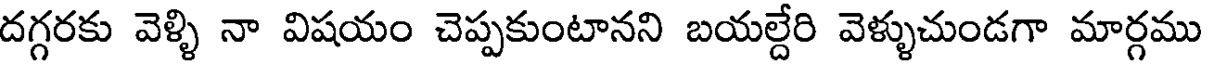
దగ్గరకు వెళ్ళి నా విషయం చెప్పకుంటానని బయల్దేరి వెళ్ళుచుండగా మార్గము